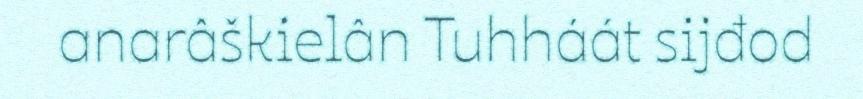
anarâškielân Tuhháát sijđod